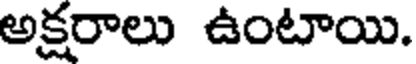
అక్షరాలు ఉంటాయి.